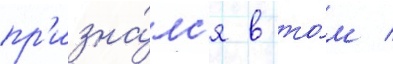
пр'изна́лс'я в то́м /